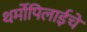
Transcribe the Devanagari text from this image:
थर्मोपिलाईचे